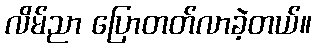
လိမ်ညာ ပြောတတ်လာခဲ့တယ်။